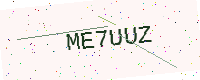
Text: ME7UUZ